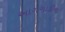
આગગાડીના